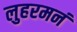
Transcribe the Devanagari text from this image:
लुहरमनं